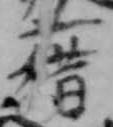
藉